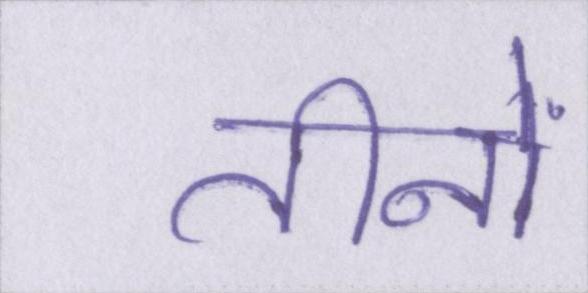
तीनों